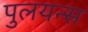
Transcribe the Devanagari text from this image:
पुलयन्स